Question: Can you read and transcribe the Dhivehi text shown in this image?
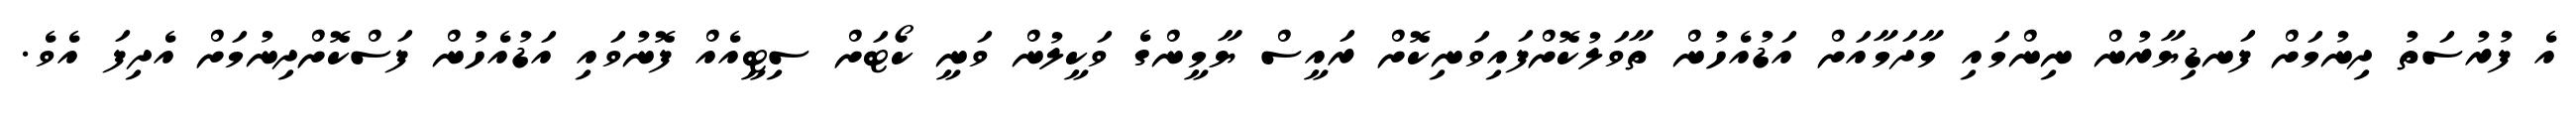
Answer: އެ ފުރުސަތު ދިނުމަށް ފަނޑިޔާރުން ނިންމައި މާދަމާއަށް އަޑުއެހުން ތާވަލުކޮށްފައިވަނިކޮށް ރައީސް ޔާމީންގެ ވަކީލުން ވަނީ ކޯޓަށް ސިޓީއެއް ފޮނުވައި އަޑުއެހުން ފަސްކޮށްދިނުމަށް އެދިފަ އެވެ.